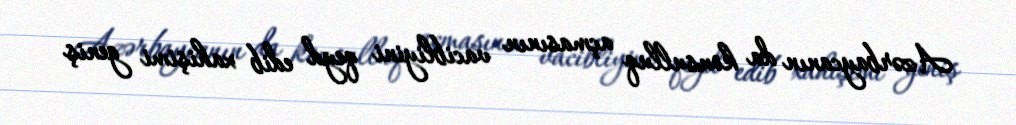
Azərbaycanın da konsulluq açmasının vacibliyini qeyd edib xahişimi geniş